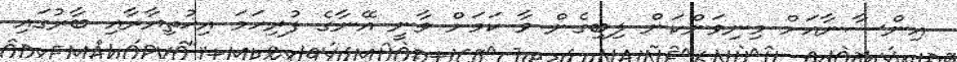
އިންސާނާއަށް މިނިވަންކަން ލިބިގެން ވާ ކަމަށް ވާނީ އޭނާގެ ފުރިހަމަ އިޚުތިޔާރާއި ބާރުގައި